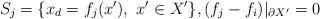
LaTeX: \begin{align*}S_j = \{x_d = f_j(x'), \ x'\in X'\},(f_j-f_i)|_{\partial X'}=0\end{align*}